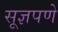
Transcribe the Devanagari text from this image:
सूज्ञपणे